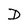
Character: D